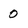
Character: 0